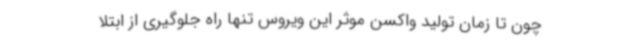
چون تا زمان تولید واکسن موثر این ویروس تنها راه جلوگیری از ابتلا